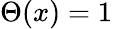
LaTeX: \Theta(x)=1